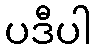
ပဒီပါ